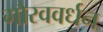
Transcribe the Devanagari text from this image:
गौरववर्धन